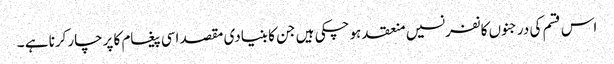
اس قسم کی درجنوں کانفرنسیں منعقد ہوچکی ہیں جن کا بنیادی مقصد اسی پیغام کا پرچارکرنا ہے ۔